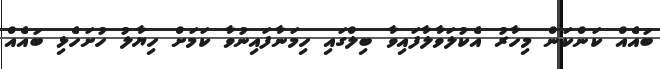
ބައެއް ކަންކަން މިހާރު އެކުލަވާލާފައިވާ ބިލްގައި ހިމަނާފައިނުވާ ކަމަށް ހިޔާލު ހުށަހެޅި ބައެއް